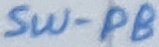
Text: SW-PB